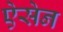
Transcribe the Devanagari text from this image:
ऐसेन